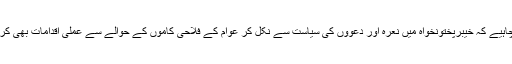
تحریک انصاف کی حکومت کو چاہیے کہ خیبرپختونخواہ میں نعرہ اور دعوؤں کی سیاست سے نکل کر عوام کے فلاحی کاموں کے حوالے سے عملی اقدامات بھی کرے یہ میڈیا رپورٹ کونسی ھے؟